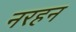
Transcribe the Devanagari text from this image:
नरहन